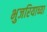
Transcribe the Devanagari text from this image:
भुजरियाच्या